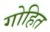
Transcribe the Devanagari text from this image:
गोहित